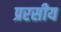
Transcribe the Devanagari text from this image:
प्ररसीय